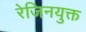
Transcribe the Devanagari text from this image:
रेजिनयुक्त